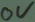
Text: 0V